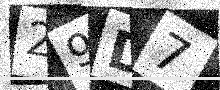
Text: 29D7